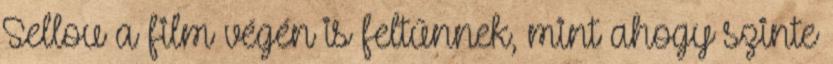
Sellou a film végén is feltűnnek, mint ahogy szinte